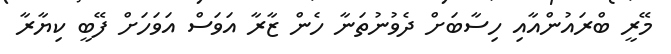
މޭރީ ބްރައުންއާއި ހިސާބަށް ދެވުނުތަނާ ހެން ޒާރާ އަވަސް އަވަހަށް ފޭބީ ކިޔާރާ